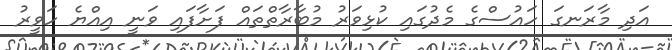
އަދި މާރަނގަ ހައުސްގެ މެދުގައި ކުޅިވަރު މުބާރާތްތައް ފަށާފައި ވަނީ އިއްޔެ ހަވީރު